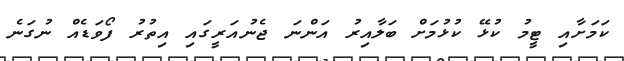
ކަމަށާއި ޓީމު ކުޅޭ ކުޅުމަށް ބަލާއިރު އަންނަ ޖެނުއަރީގައި އިތުރު ފޯވަޑެއް ނުގަނެ